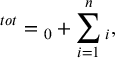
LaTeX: \O ^ { t o t } = \o _ { 0 } + \sum _ { i = 1 } ^ { n } { \o _ { i } } ,